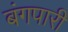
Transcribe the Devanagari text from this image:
बंगपारी